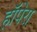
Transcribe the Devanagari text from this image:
हॉपेरा